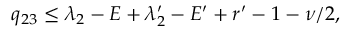
q _ { 2 3 } \le \lambda _ { 2 } - E + \lambda _ { 2 } ^ { \prime } - E ^ { \prime } + r ^ { \prime } - 1 - \nu / 2 ,